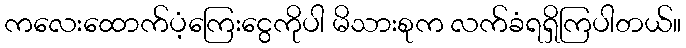
ကလေးထောက်ပံ့ကြေးငွေကိုပါ မိသားစုက လက်ခံရရှိကြပါတယ်။